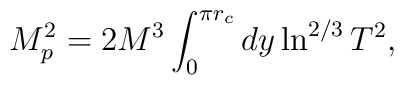
M_p^2=2M^3\int_{0}^{\pi r_c}dy\ln^{2/3}T^2 ,